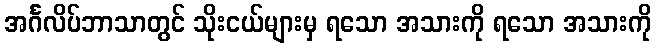
အင်္ဂလိပ်ဘာသာတွင် သိုးငယ်များမှ ရသော အသားကို ရသော အသားကို